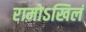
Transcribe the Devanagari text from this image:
रामोऽखिलं